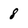
Character: 8